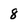
Character: 8